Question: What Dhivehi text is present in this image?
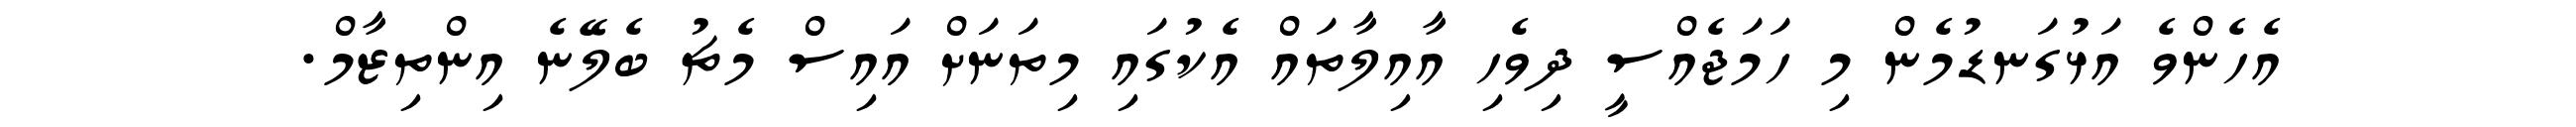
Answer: އެހެންވެ އަޅުގަނޑުމެން މި ހަމަޖެއްސީ ދިވެހި އާއިލާތައް އެކުގައި މިތަނަށް އައިސް މެޗު ބެލޭނެ އިންތިޒާމް.